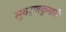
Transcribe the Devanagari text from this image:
सुवर्णकुमारी